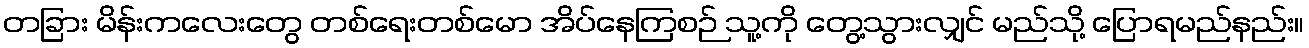
တခြား မိန်းကလေးတွေ တစ်ရေးတစ်မော အိပ်နေကြစဉ် သူ့ကို တွေ့သွားလျှင် မည်သို့ ပြောရမည်နည်း။